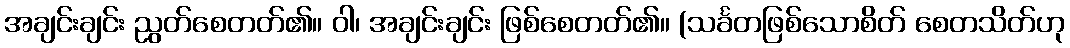
အချင်းချင်း ညွတ်စေတတ်၏။ ဝါ၊ အချင်းချင်း ဖြစ်စေတတ်၏။ (သင်္ခတဖြစ်သောစိတ် စေတသိတ်ဟု